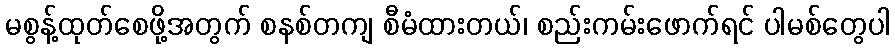
မစွန့်ထုတ်စေဖို့အတွက် စနစ်တကျ စီမံထားတယ်၊ စည်းကမ်းဖောက်ရင် ပါမစ်တွေပါ